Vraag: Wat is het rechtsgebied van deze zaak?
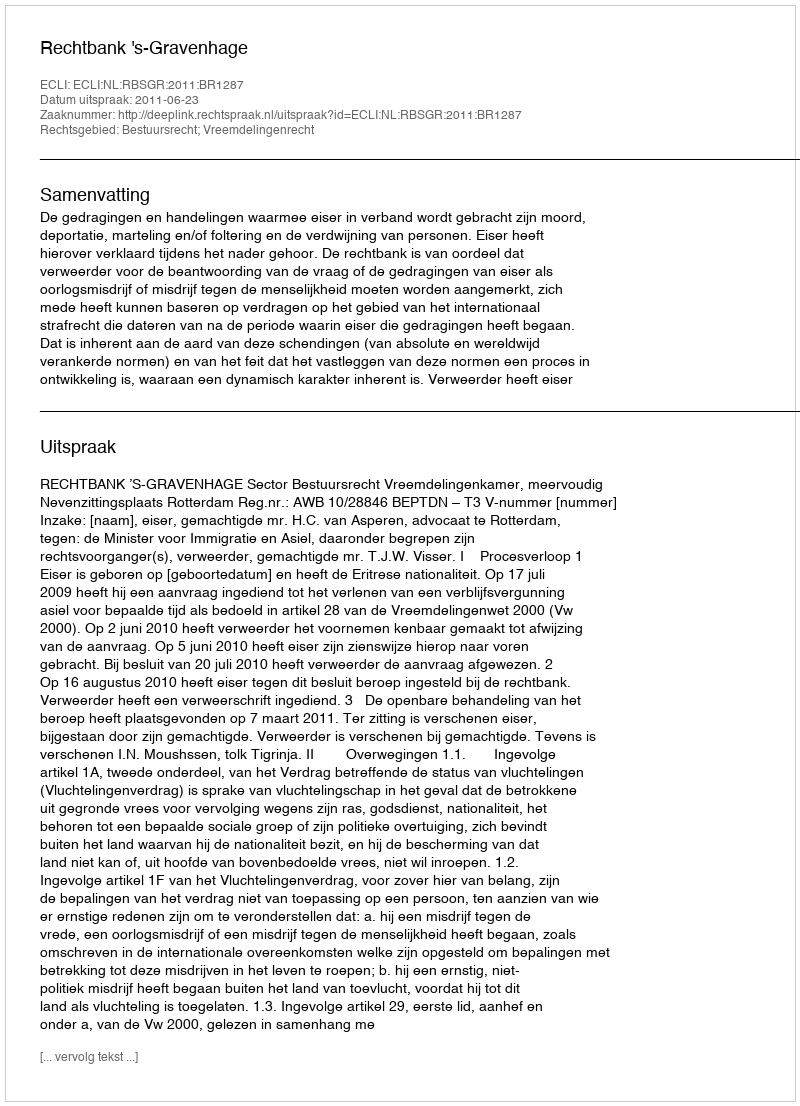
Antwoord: Bestuursrecht; Vreemdelingenrecht